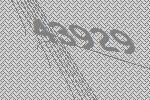
43929